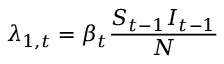
\lambda _ { 1 , t } = \beta _ { t } \frac { S _ { t - 1 } I _ { t - 1 } } { N }